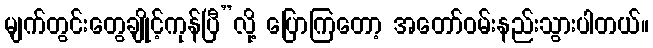
မျက်တွင်းတွေချိုင့်ကုန်ပြီ”လို့ ပြောကြတော့ အတော်ဝမ်းနည်းသွားပါတယ်။